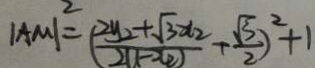
\vert A M \vert ^ { 2 } = ( \frac { 2 y _ { 2 } + \sqrt { 3 } x _ { 2 } } { 2 u - 2 ( e ) } + \frac { \sqrt { 3 } } { 2 } ) ^ { 2 } + 1